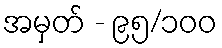
အမှတ် - ၉၅/၁၀၀